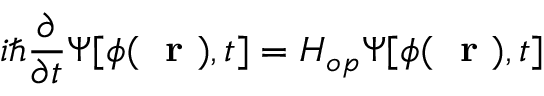
i \hbar \frac { \partial } { \partial t } \Psi [ \phi ( \mathrm { ~ \bf ~ r ~ } ) , t ] = H _ { o p } \Psi [ \phi ( \mathrm { ~ \bf ~ r ~ } ) , t ]